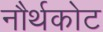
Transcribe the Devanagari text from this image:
नौर्थकोट